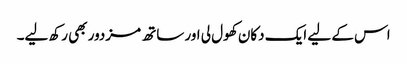
اس کے لیے ایک دکان کھول لی اور ساتھ مزدور بھی رکھ لیے۔